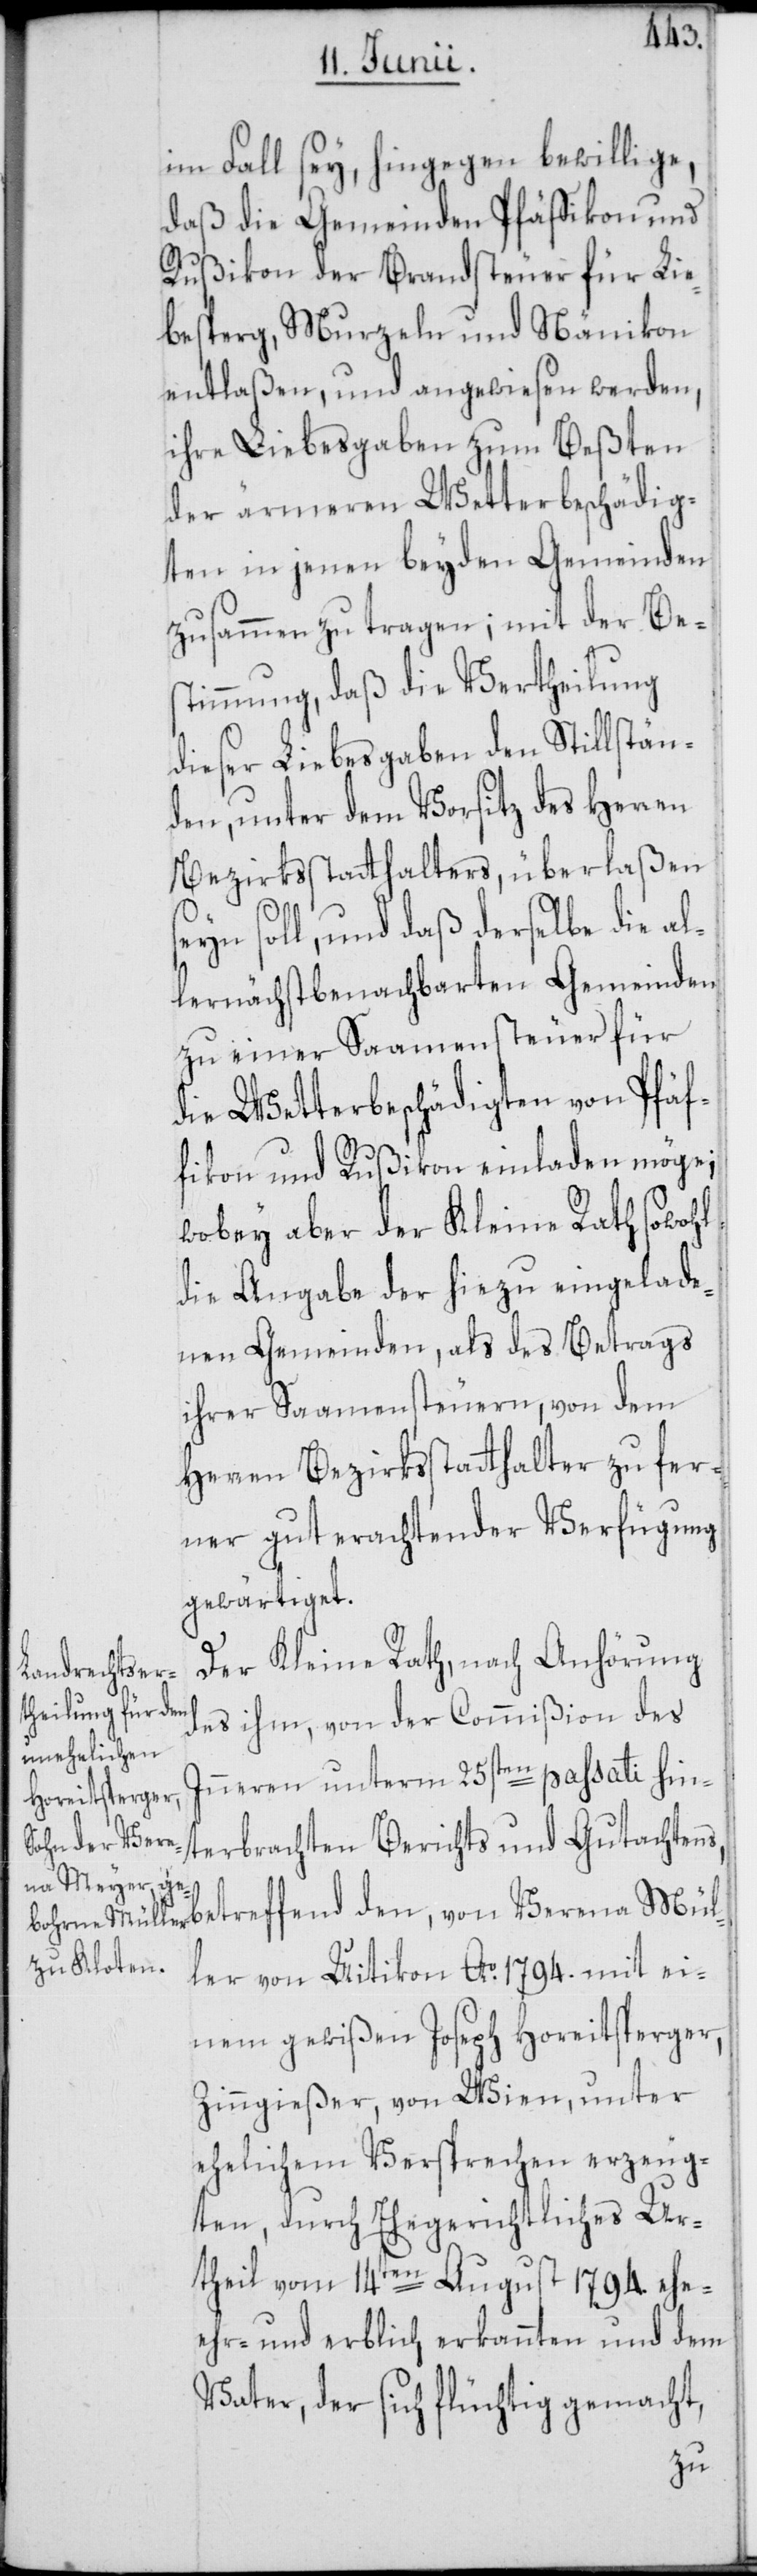
im Fall sey, hingegen bewillige,
daß die Gemeinden Pfäffikon und
Rußikon der Brandsteuer für Lie¬
besperg, Murzeln und Nänikon
entlaßen, und angewiesen werden,
ihre Liebesgaben zum Beßten
der ärmeren Wetterbeschädig¬
ten in jenen beyden Gemeinden
zusammen zu tragen; mit der Bes¬
timmung, daß die Vertheilung
dieser Liebesgaben den Stillstän¬
den, unter dem Vorsitz des Herren
Bezirksstatthalters, überlaßen
seyn soll, und daß derselbe die al¬
lernächstbenachbarten Gemeinden
zu einer Saamensteuer für
die Wetterbeschädigten von Pfäf¬
fikon und Rußikon einladen möge;
wobey aber der Kleine Rath sowohl
die Angabe der hiezu eingelade¬
nen Gemeinden, als des Betrags
ihrer Saamensteuern, von dem
Herren Bezirksstatthalter zu fer¬
ner gut erachtender Verfügung
gewärtiget.
Der Kleine Rath, nach Anhörung
des ihm, von der Commißion des
Inneren unterm 25sten passati hin¬
terbrachten Berichts und Gutachtens,
betreffend den, von Verena Mül¬
ler von Uitikon Ao. 1794. mit ei¬
nem gewißen Joseph Horeitsperger,
Zinngießer, von Wien, unter
ehelichem Versprechen erzeug¬
ten, durch Ehegerichtliches Ur¬
theil vom 14ten August 1794. ehe-[,]
ehr- und erblich erkannten und dem
Vater, der sich flüchtig gemacht,